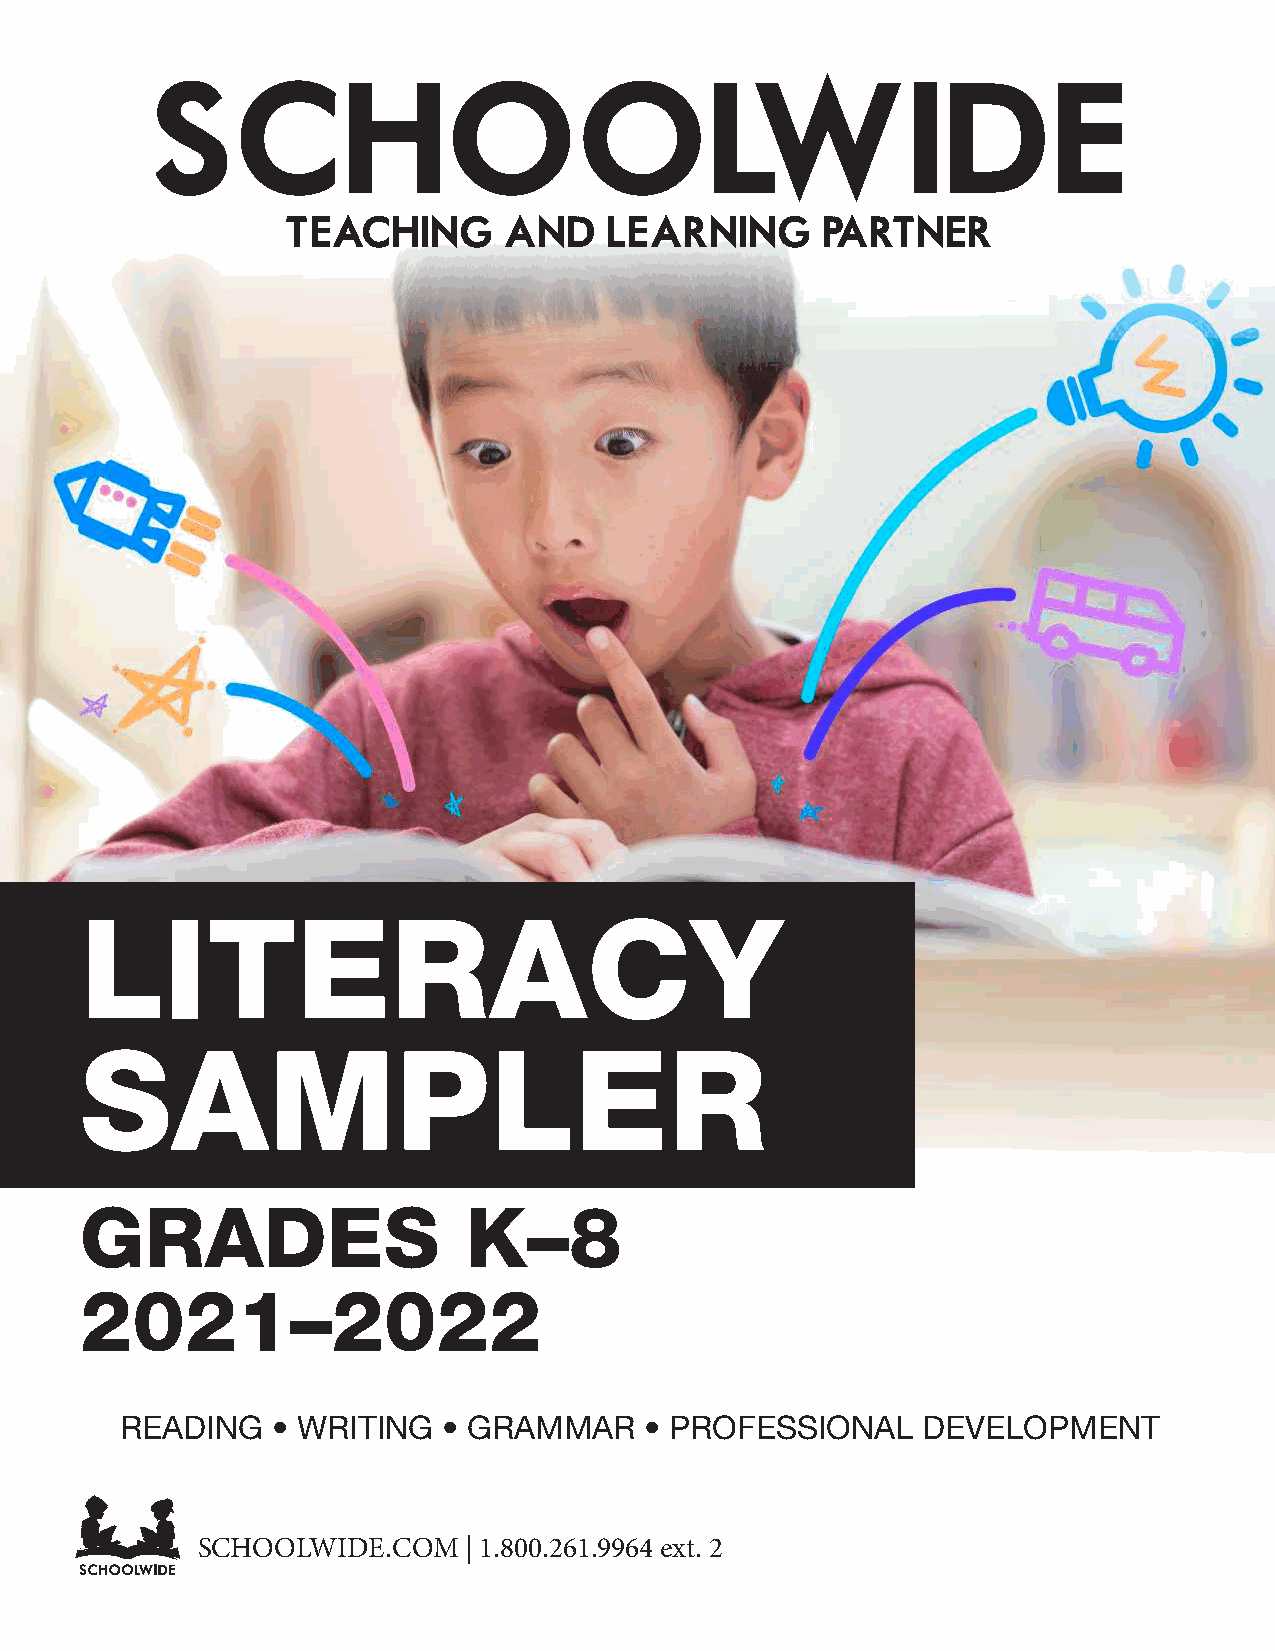
SCHOOLWIDE
 TEACHING      AND    LEARNING      PARTNER
 LITERACY
 SAMPLER
 GRADES                    K–8
 2021–2022
 READING   • WRITING  • GRAMMAR     • PROFESSIONAL    DEVELOPMENT
 SCHOOLWIDE.COM    | 1.800.261.9964 ext. 2